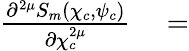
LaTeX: \begin{array}{rl}{\frac{\partial^{2\mu}S_{m}\left(\chi_{c},\psi_{c}\right)}{\partial\chi_{c}^{2\mu}}}&{{}=}\end{array}